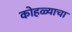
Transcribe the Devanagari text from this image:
कोहळ्याचा